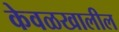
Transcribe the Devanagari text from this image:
केवळखालील